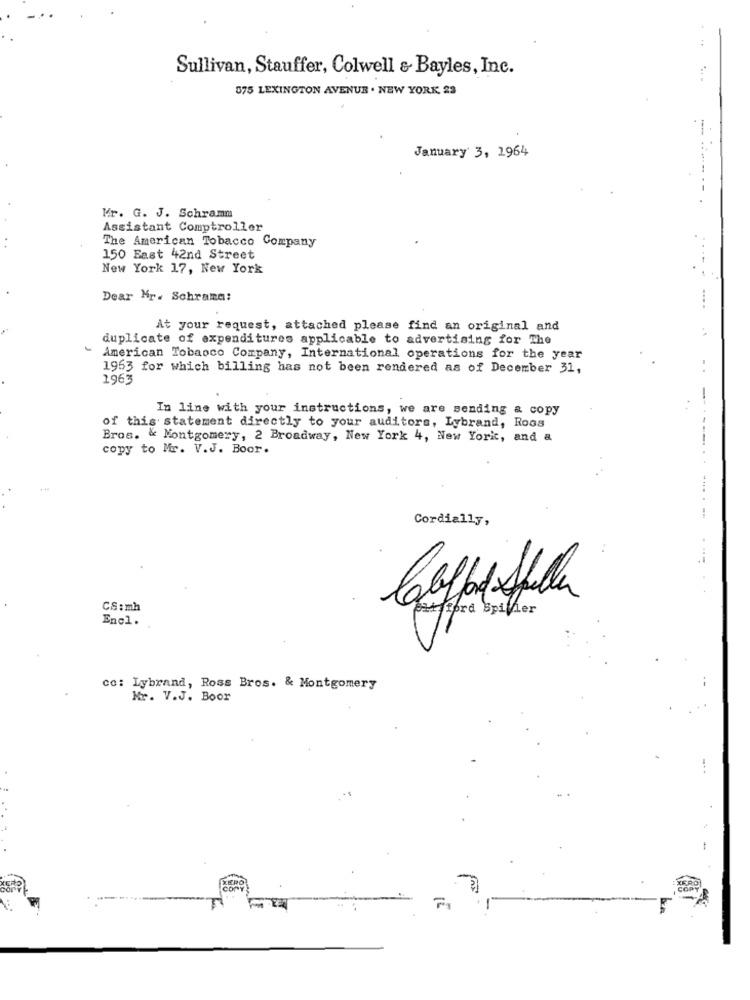
Sullivan, Stauffer, Colwell & Bayles, Inc.
575 LEXINGTON AVENUE . NEW YORK 23
-
January 3, 1964
Mr. G. J. Schramm
Assistant Comptroller
The American Tobacco Company
150 East 42nd Street
.-
New York 17, New York
Dear Mr. Schramm:
At your request, attached please find an original and
duplicate of expenditures applicable to advertising for The
American Tobacco Company, International operations for the year
1963 for which billing has not been rendered as of December 31,
1963
In line with your instructions, we are sending & copy
of this statement directly to your auditors, Lybrand, Roos
Bros. & Montgomery, 2 Broadway, New York 4, New York, and a
copy to Mr. V.J. Boor.
Cordially,
CS: mh
watford Spiller
Encl.
co: Lybrand, Ross Bros. & Montgomery
Mr. V.J. Boor